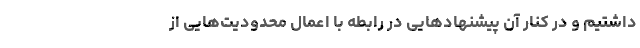
داشتیم و در کنار آن پیشنهادهایی در رابطه با اعمال محدودیت‌هایی از